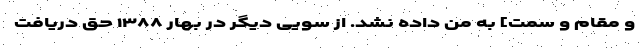
و مقام و سمت] به من داده نشد. از سویی دیگر در بهار ۱۳۸۸ حق دریافت